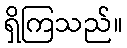
ရှိကြသည်။